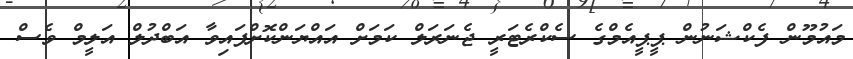
މައުމޫން ފެކްޝަނުން ޕީޕީއެމްގެ ސެކްރެޓަރީ ޖެނަރަލް ކަމަށް އައްޔަންކޮށްފައިވާ އަބްދުލް އަލީމް ވެސް